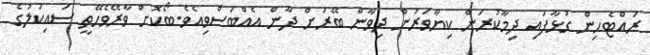
ރައްޓެހިން ގުޅާފައި ދިމާކުރަން ކިޔާވަރުން ދިވާން ބޭރަށް ދާން އެއްބަސްވިއެވެ.ބޯކޮށް ވާރޭވެހޭތީ ސައިކަލުގެ